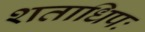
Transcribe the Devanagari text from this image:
शताधिपः